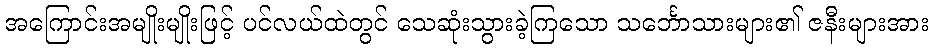
အကြောင်းအမျိုးမျိုးဖြင့် ပင်လယ်ထဲတွင် သေဆုံးသွားခဲ့ကြသော သင်္ဘောသားများ၏ ဇနီးများအား